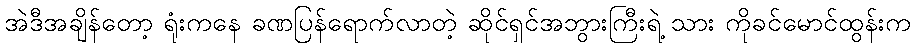
အဲဒီအချိန်တော့ ရုံးကနေ ခဏပြန်ရောက်လာတဲ့ ဆိုင်ရှင်အဘွားကြီးရဲ့ သား ကိုခင်မောင်ထွန်းက